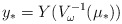
\begin{align*}y_* = Y(V_\omega^{-1}(\mu_*))\end{align*}